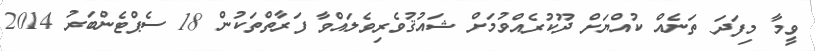
ވީމާ މިފަދަ ތަނެއް ކުއްޔަށް ދޫކުރެއްވުމަށް ޝައުޤުވެރިވެލައްވާ ފަރާތްތަކުން 18 ސެޕްޓެންބަރު 2014